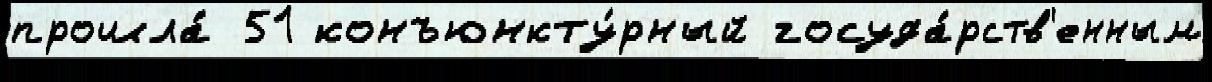
прошла́ 51 конъюнкту́рный госуда́рств'енным